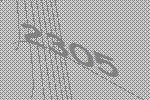
2305